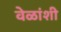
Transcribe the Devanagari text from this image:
वेळांशी